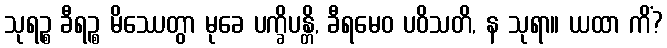
သုရဉ္စ ခီရဉ္စ မိဿေတွာ မုခေ ပက္ခိပန္တိ, ခီရမေဝ ပဝိသတိ, န သုရာ။ ယထာ ကိံ?